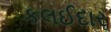
કલઈદાર